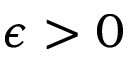
\epsilon > 0